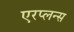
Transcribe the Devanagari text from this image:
एरप्लन्स